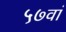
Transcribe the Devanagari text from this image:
५७वां